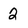
Character: 2